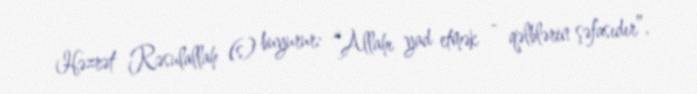
Həzrət Rəsulallah (s) buyurur: “Allahı yad etmək - qəlblərin şəfasıdır”.